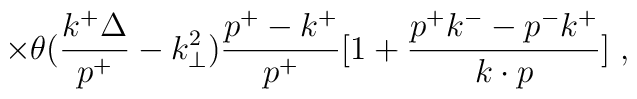
\times \theta({k^+\Delta \over p^+}-k_\perp^2){{p^+ - k^+} \over {p^+}}\bigl[ 1 + {{p^+k^-- p^-k^+} \over {k \cdot p}}\bigr] \;,